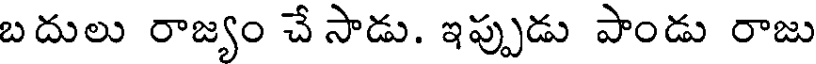
బదులు రాజ్యం చే సాడు. ఇప్పుడు పాండు రాజు